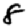
Digit: 8